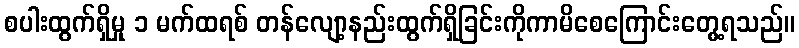
စပါးထွက်ရှိမှု ၁ မက်ထရစ် တန်လျော့နည်းထွက်ရှိခြင်းကိုကာမိစေကြောင်းတွေ့ရသည်။